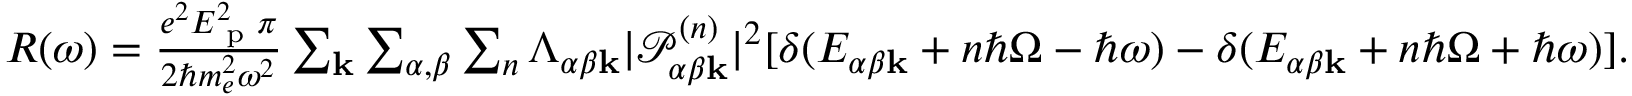
\begin{array} { r l } & { R ( \omega ) = \frac { e ^ { 2 } E _ { \textrm { p } } ^ { 2 } \pi } { 2 \hbar m _ { e } ^ { 2 } \omega ^ { 2 } } \sum _ { \mathbf { k } } \sum _ { \alpha , \beta } \sum _ { n } \Lambda _ { \alpha \beta \mathbf { k } } | \mathcal { P } _ { \alpha \beta \mathbf { k } } ^ { ( n ) } | ^ { 2 } [ \delta ( E _ { \alpha \beta \mathbf { k } } + n \hbar \Omega - \hbar \omega ) - \delta ( E _ { \alpha \beta \mathbf { k } } + n \hbar \Omega + \hbar \omega ) ] . } \end{array}